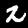
Label: 2